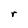
Character: r